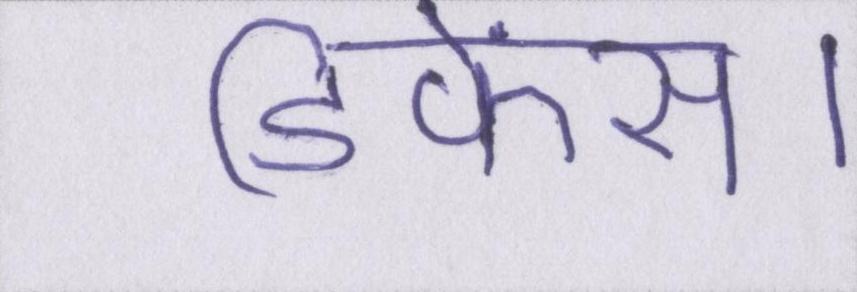
डिफेंस।